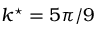
k ^ { \star } = 5 \pi / 9